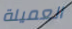
العميلة